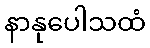
နာနုပေါသထံ